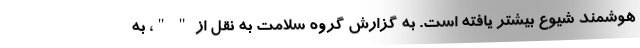
هوشمند شیوع بیشتر یافته است. به گزارش گروه سلامت به نقل از " "، به